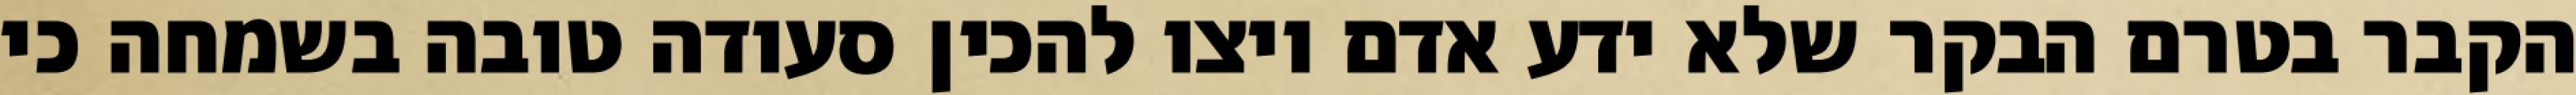
הקבר בטרם הבקר שלא ידע אדם ויצו להכין סעודה טובה בשמחה כי